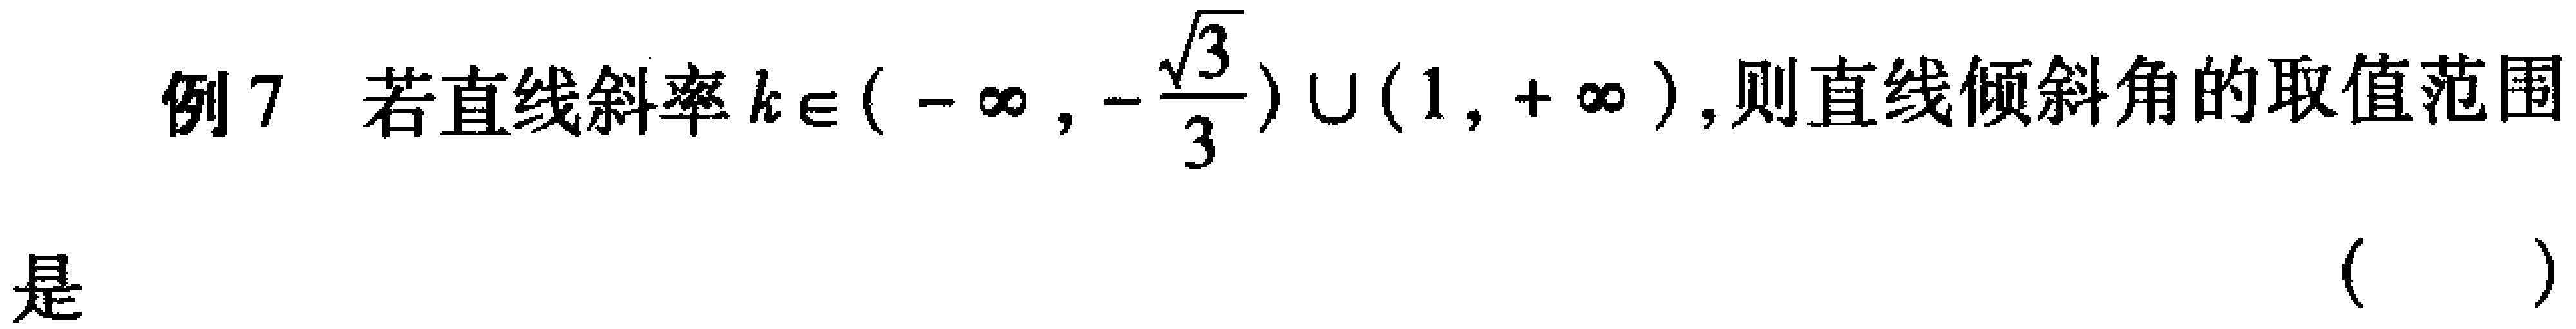
例7 若直线斜率\(k\in(-\infty,-\frac{\sqrt{3}}{3})\cup(1,+\infty)\),则直线倾斜角的取值范围
是 （  ）